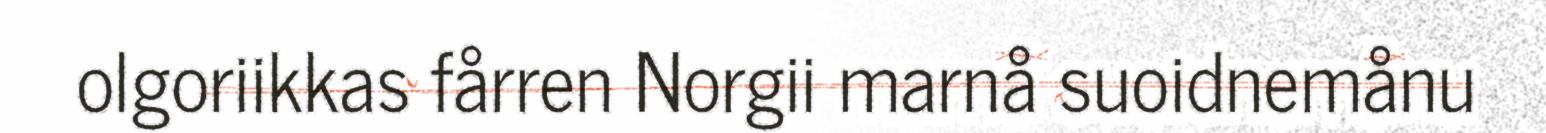
olgoriikkas fårren Norgii marnå suoidnemånu